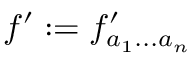
f ^ { \prime } : = f _ { a _ { 1 } . . . a _ { n } } ^ { \prime }